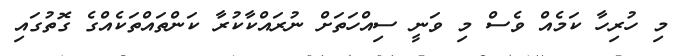
މި ހުރިހާ ކަމެއް ވެސް މި ވަނީ ސިއްހަތަށް ނުރައްކާކުރާ ކަންތައްތަކެއްގެ ގޮތުގައި